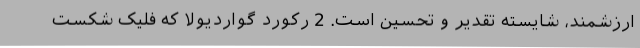
ارزشمند، شایسته تقدیر و تحسین است. 2 رکورد گواردیولا که فلیک شکست